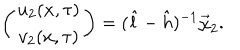
\left( \begin{array} { c } { { u _ { 2 } ( x , \tau ) } } \\ { { v _ { 2 } ( x , \tau ) } } \\ \end{array} \right) = ( \hat { l } - \hat { h } ) ^ { - 1 } \vec { \chi } _ { 2 } .